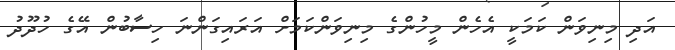
އަދި މިނިވަން ކަމަކީ އެހެން މީހުންގެ މިނިވަންކަމަށް އަރައިގަންނަ ހިސާބުން އޭގެ ހުދޫދު